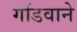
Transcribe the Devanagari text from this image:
गोंडवाने